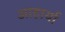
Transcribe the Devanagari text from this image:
आहार्या